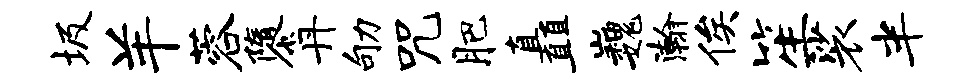
圾羊蓉隳丹劬咒肥矗巍瀚俟笙裟半